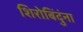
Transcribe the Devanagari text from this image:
शिरोबिंदुंना